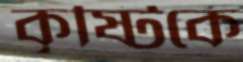
কৃষ্টিকে